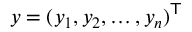
y = ( y _ { 1 } , y _ { 2 } , \ldots , y _ { n } ) ^ { \mathsf { T } }